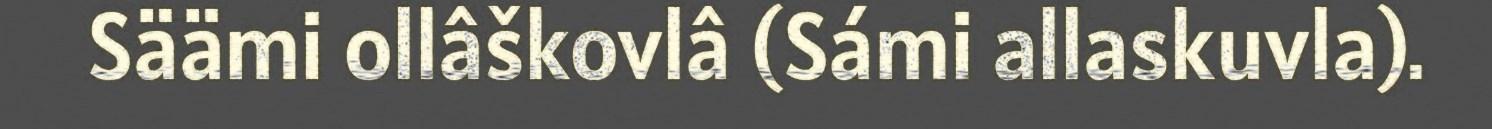
Säämi ollâškovlâ (Sámi allaskuvla).